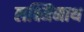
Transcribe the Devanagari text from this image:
लक्ष्मिनाथ